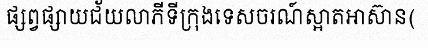
ផ្សព្វផ្សាយជ័យលាភីទីក្រុងទេសចរណ៍ស្អាតអាស៊ាន(